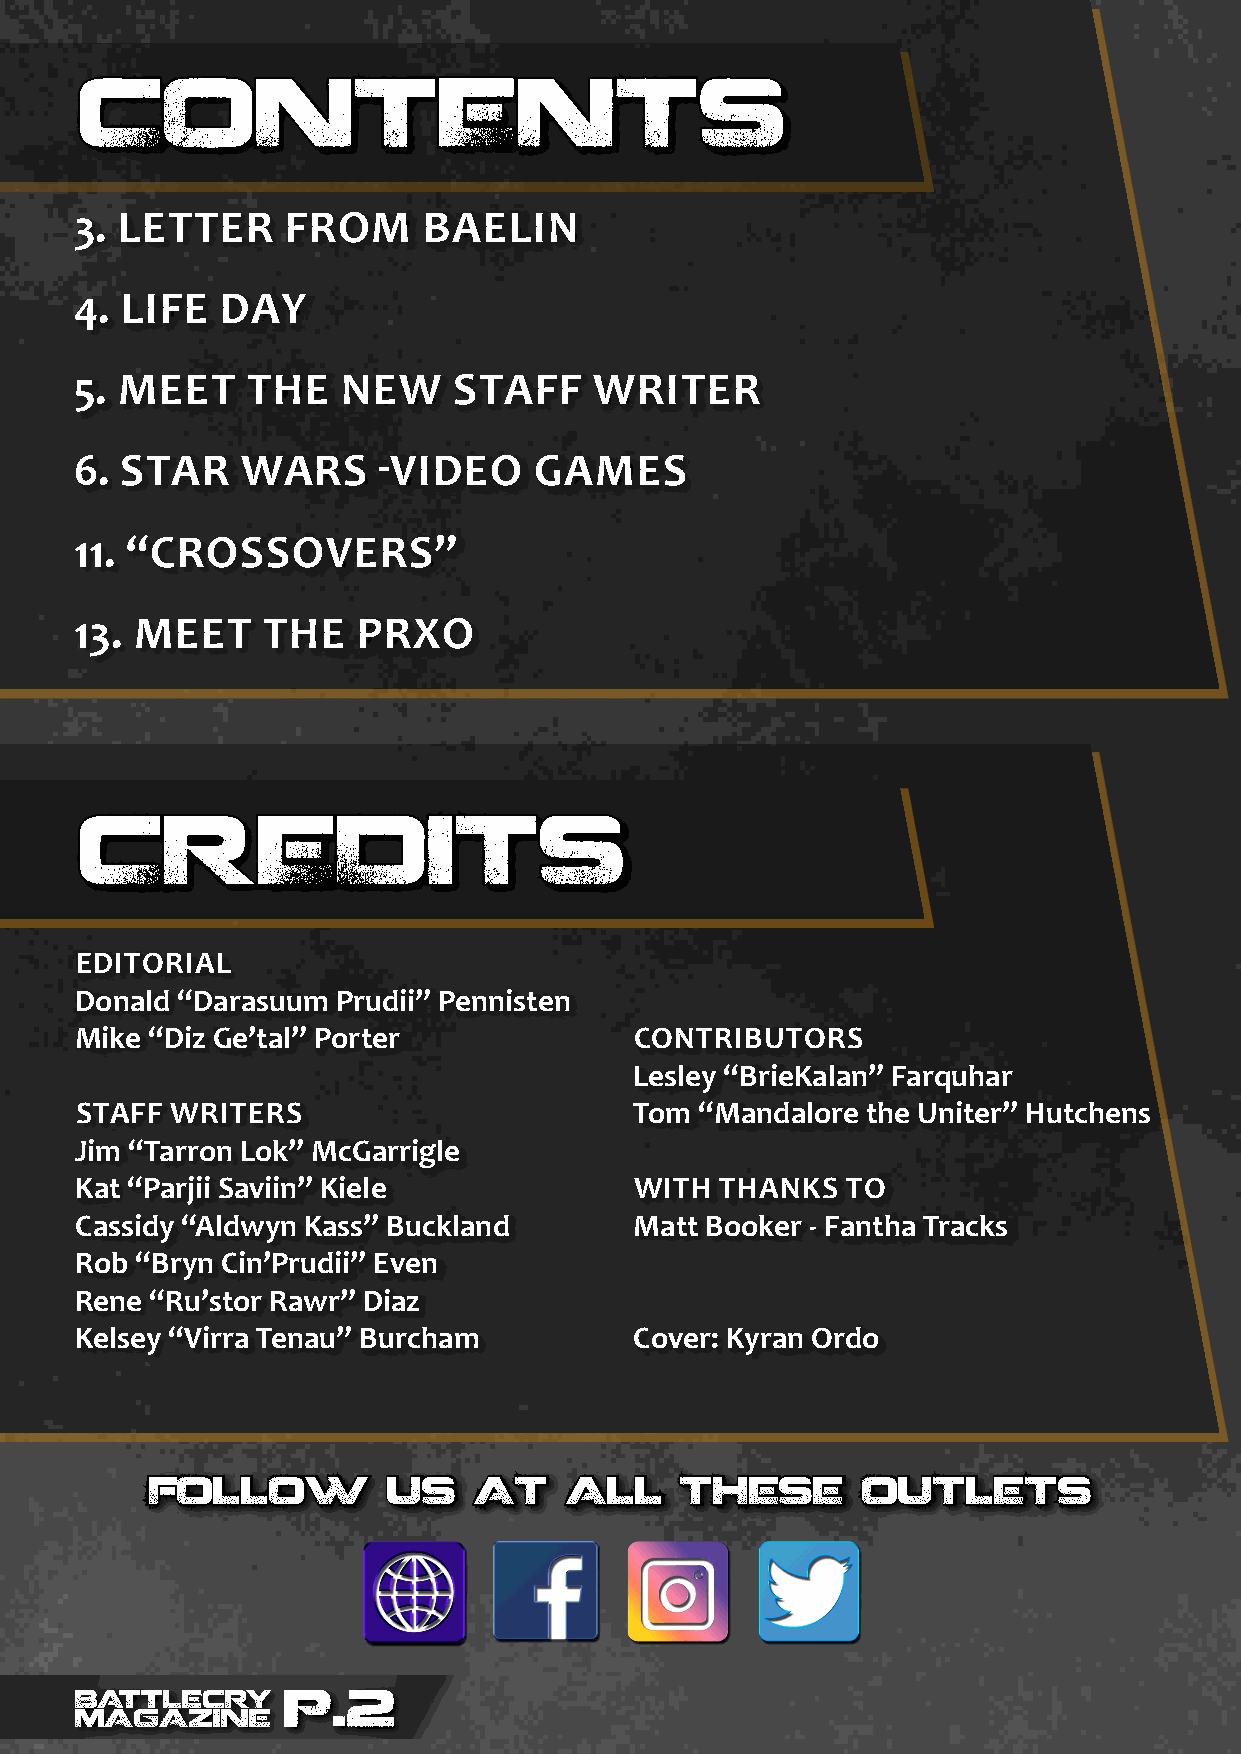
CCOONNTTEENNTTSS
 3. LETTER     FROM     BAELIN
 4. LIFE   DAY
 5. MEET    THE    NEW    STAFF    WRITER
 6. STAR    WARS     -VIDEO    GAMES
 11. “CROSSOVERS”
 13. MEET    THE    PRXO
 CCRREEDDIITTSS
 EDITORIAL
 Donald “Darasuum Prudii” Pennisten
 Mike “Diz Ge’tal” Porter             CONTRIBUTORS
 Lesley “BrieKalan” Farquhar
 STAFF WRITERS                        Tom “Mandalore the Uniter” Hutchens
 Jim “Tarron Lok” McGarrigle
 Kat “Parjii Saviin” Kiele            WITH  THANKS  TO
 Cassidy “Aldwyn Kass” Buckland       Matt Booker - Fantha Tracks
 Rob “Bryn Cin’Prudii” Even
 Rene “Ru’stor Rawr” Diaz
 Kelsey “Virra Tenau” Burcham         Cover: Kyran Ordo
 FFOOLLLLOOWW    UUSS AATT  AALLLL  TTHHEESSEE  OOUUTTLLEETTSS
 BATTLECRY     P.2
 MAGAZINE